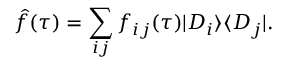
\hat { f } ( \tau ) = \sum _ { i j } f _ { i j } ( \tau ) | D _ { i } \rangle \langle D _ { j } | .